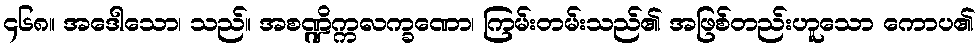
၄၆၈။ အဒေါသော၊ သည်။ အစဏ္ဍိက္ကလက္ခဏော၊ ကြမ်းတမ်းသည်၏ အဖြစ်တည်းဟူသော ကောပ၏